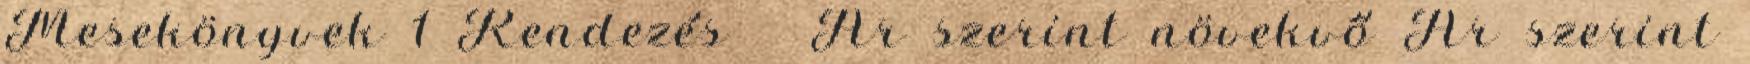
Mesekönyvek 1 Rendezés Ár szerint növekvő Ár szerint